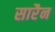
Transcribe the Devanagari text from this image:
सारैन